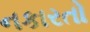
નકારતો